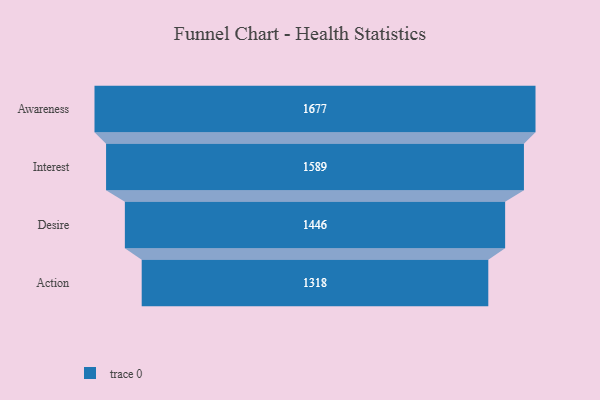
{"axis": {"x": "Stage", "y": "Value"}, "legend": [""], "data": [{"x": "Awareness", "y": 1677.0, "type": ""}, {"x": "Interest", "y": 1589.0, "type": ""}, {"x": "Desire", "y": 1446.0, "type": ""}, {"x": "Action", "y": 1318.0, "type": ""}]}